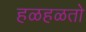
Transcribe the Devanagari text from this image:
हळहळतो